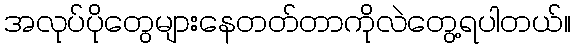
အလုပ်ပိုတွေများနေတတ်တာကိုလဲတွေ့ရပါတယ်။